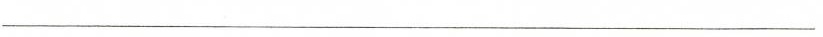
___